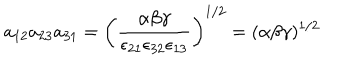
a _ { 1 2 } a _ { 2 3 } a _ { 3 1 } = \left( \frac { \alpha \beta \gamma } { \epsilon _ { 2 1 } \epsilon _ { 3 2 } \epsilon _ { 1 3 } } \right) ^ { 1 / 2 } = ( \alpha \beta \gamma ) ^ { 1 / 2 }